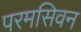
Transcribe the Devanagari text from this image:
परमसिवन